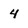
Character: 4